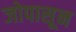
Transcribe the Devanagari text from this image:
जोपासून